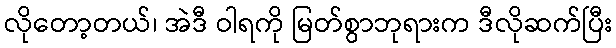
လိုတော့တယ်၊ အဲဒီ ဝါရကို မြတ်စွာဘုရားက ဒီလိုဆက်ပြီး